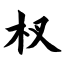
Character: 杈